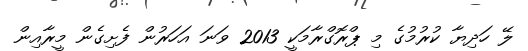
ލޭ ހަދިޔާ ކުރުމުގެ މި ޕްރޮގްރާމަކީ 2013 ވަނަ އަހަރުން ފެށިގެން މީރާއިން